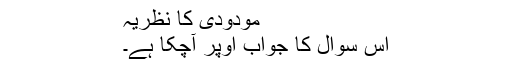
مودودی کا نظریہ
اس سوال کا جواب اوپر آچکا ہے۔